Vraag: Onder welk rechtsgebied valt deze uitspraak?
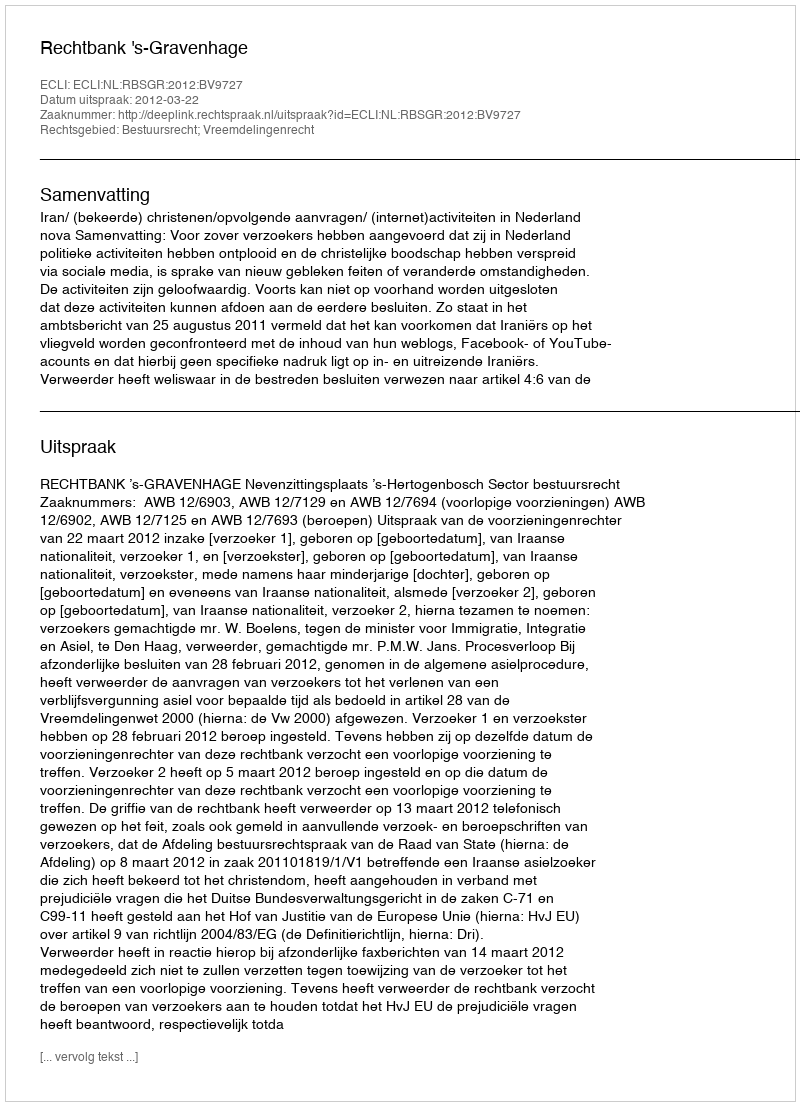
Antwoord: Bestuursrecht; Vreemdelingenrecht